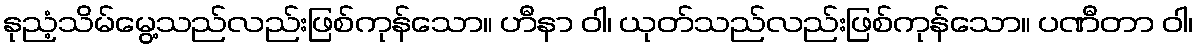
နုညံ့သိမ်မွေ့သည်လည်းဖြစ်ကုန်သော။ ဟီနာ ဝါ၊ ယုတ်သည်လည်းဖြစ်ကုန်သော။ ပဏီတာ ဝါ၊